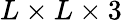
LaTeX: L\times L\times 3